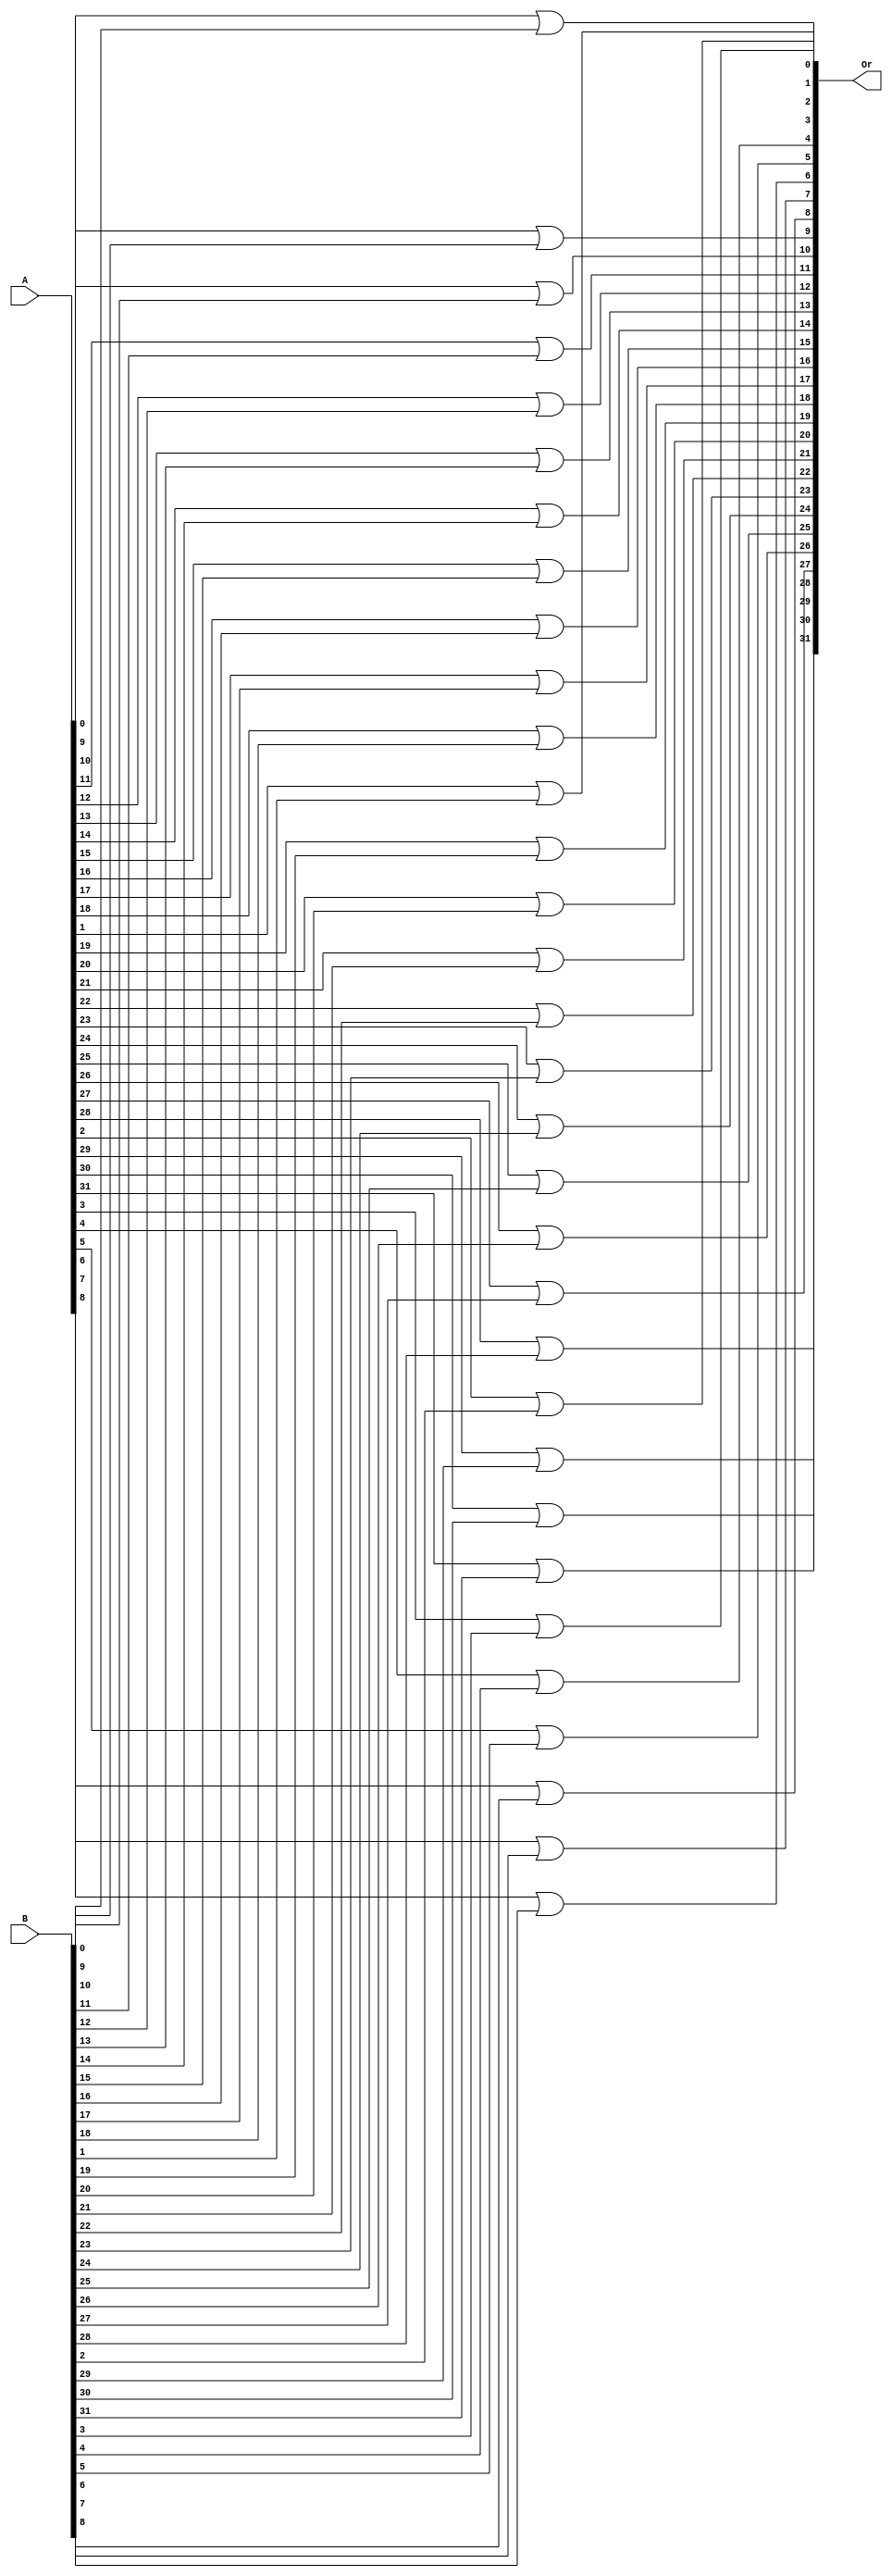
`timescale 1ns / 1ps
//////////////////////////////////////////////////////////////////////////////////
// Module Name:nbit_or
// By Kushalta Paudel
// This is the bitwise OR module. It has input A and B and do OR operation.
//////////////////////////////////////////////////////////////////////////////////


module nbit_or #(parameter WIDTH = 32) (A, B, Or);
	// parameter is used with a default value of 32.

	input [WIDTH-1:0] A, B;
	output [WIDTH-1:0] Or;

    genvar i; /* the for index variable is declared as a genvar to be able to elaborate a for loop */

  	for (i = 0; i < WIDTH; i = i + 1) begin
		assign Or[i] = A[i] | B[i];
	end  
endmodule